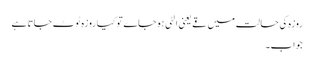
روزہ کی حالت میں قے یعنی الٹی ہوجاے تو کیا روزہ ٹوٹ جاتا ہے
جواب۔